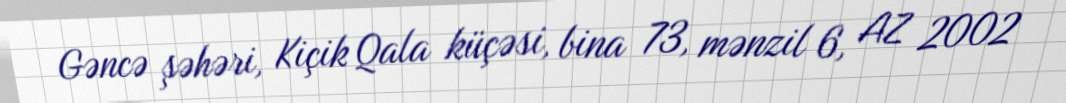
Gəncə şəhəri, Kiçik Qala küçəsi, bina 73, mənzil 6, AZ 2002